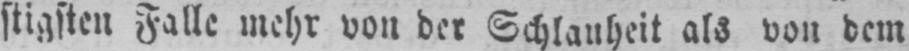
stigsten Falle mehr von der Schlauheit als von dem